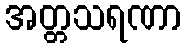
အတ္တသရဏာ